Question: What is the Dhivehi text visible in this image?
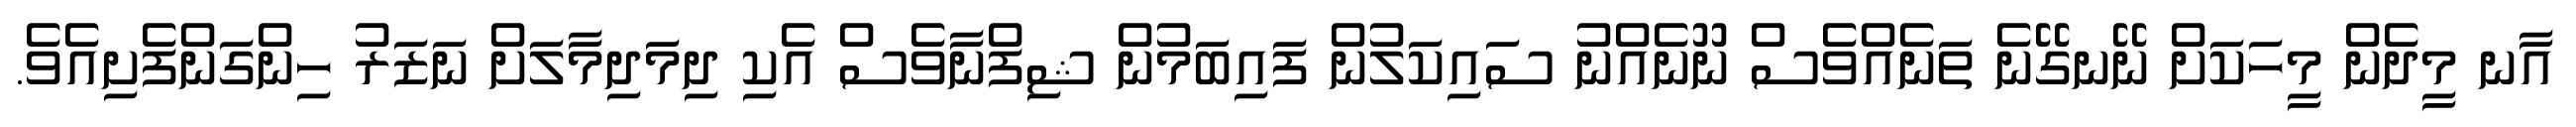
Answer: އާނ މީދެން މީހަކަށް ނޭނގޭނެ ތަނެއްވެސް ނޫނެއްނު ސައިކަލުން ފައިބަމުން ޝިފްނާވެސް އެކި ދިމަދިމާލަށް ނަޒަރު ހިންގަންފެށިއެވެ.